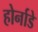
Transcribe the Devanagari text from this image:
होर्नाडे